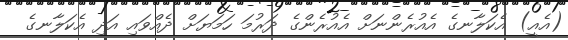
(އެއީ) އެކަލާނގެ އެއުރެންނަށް އެއުރެންގެ ދަރުމަ ހަމަޔަށް ދެއްވައި އަދި އެކަލާނގެ